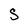
Character: S